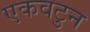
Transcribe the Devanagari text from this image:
एकवटुन